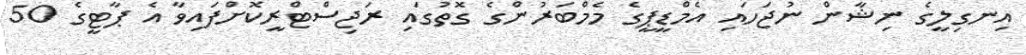
އިނގިލީގެ ނިޝާން ނުޖަހައި އެމްޑީޕީގެ މެމްބަރުންގެ ގޮތުގައި ރަޖިސްޓްރީކޮށްފައިވާ އެ ޕާޓީގެ 50